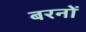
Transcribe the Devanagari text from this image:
बरनों